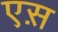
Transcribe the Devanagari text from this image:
एस़